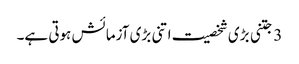
3 جتنی بڑی شخصیت اتنی بڑی آزمائش ہوتی ہے۔